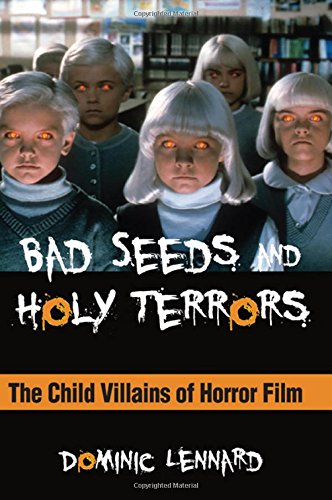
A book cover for Bad Seeds and Holy Terrors: The Child Villains of Horror Film (Suny Series, Horizons of Cinema); Dominic Lennard; Humor & Entertainment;